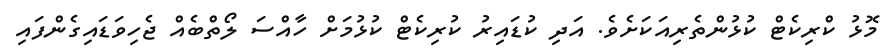
މޮޅު ކްރިކެޓް ކުޅުންތެރިއަކަށެވެ. އަދި ކުޑައިރު ކުރިކެޓް ކުޅުމަށް ހާއްސަ ލޯތްބެއް ޖެހިވަޑައިގެންފައި